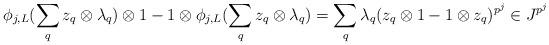
LaTeX: \begin{align*} \phi_{j,L}(\sum_q z_q\otimes \lambda_q)\otimes 1 - 1\otimes \phi_{j,L}(\sum_q z_q\otimes \lambda_q)=\sum_q \lambda_q(z_q\otimes 1-1\otimes z_q)^{p^j} \in J^{p^j} \end{align*}